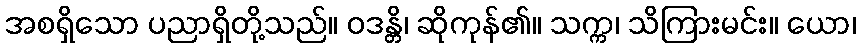
အစရှိသော ပညာရှိတို့သည်။ ဝဒန္တိ၊ ဆိုကုန်၏။ သက္က၊ သိကြားမင်း။ ယော၊